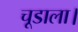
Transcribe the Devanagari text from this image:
चूडाला।